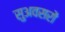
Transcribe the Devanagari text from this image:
सुअवसरों